65_HS1-834228961_62-HQ-83894_Section_4
Agency: FBI
Page 37
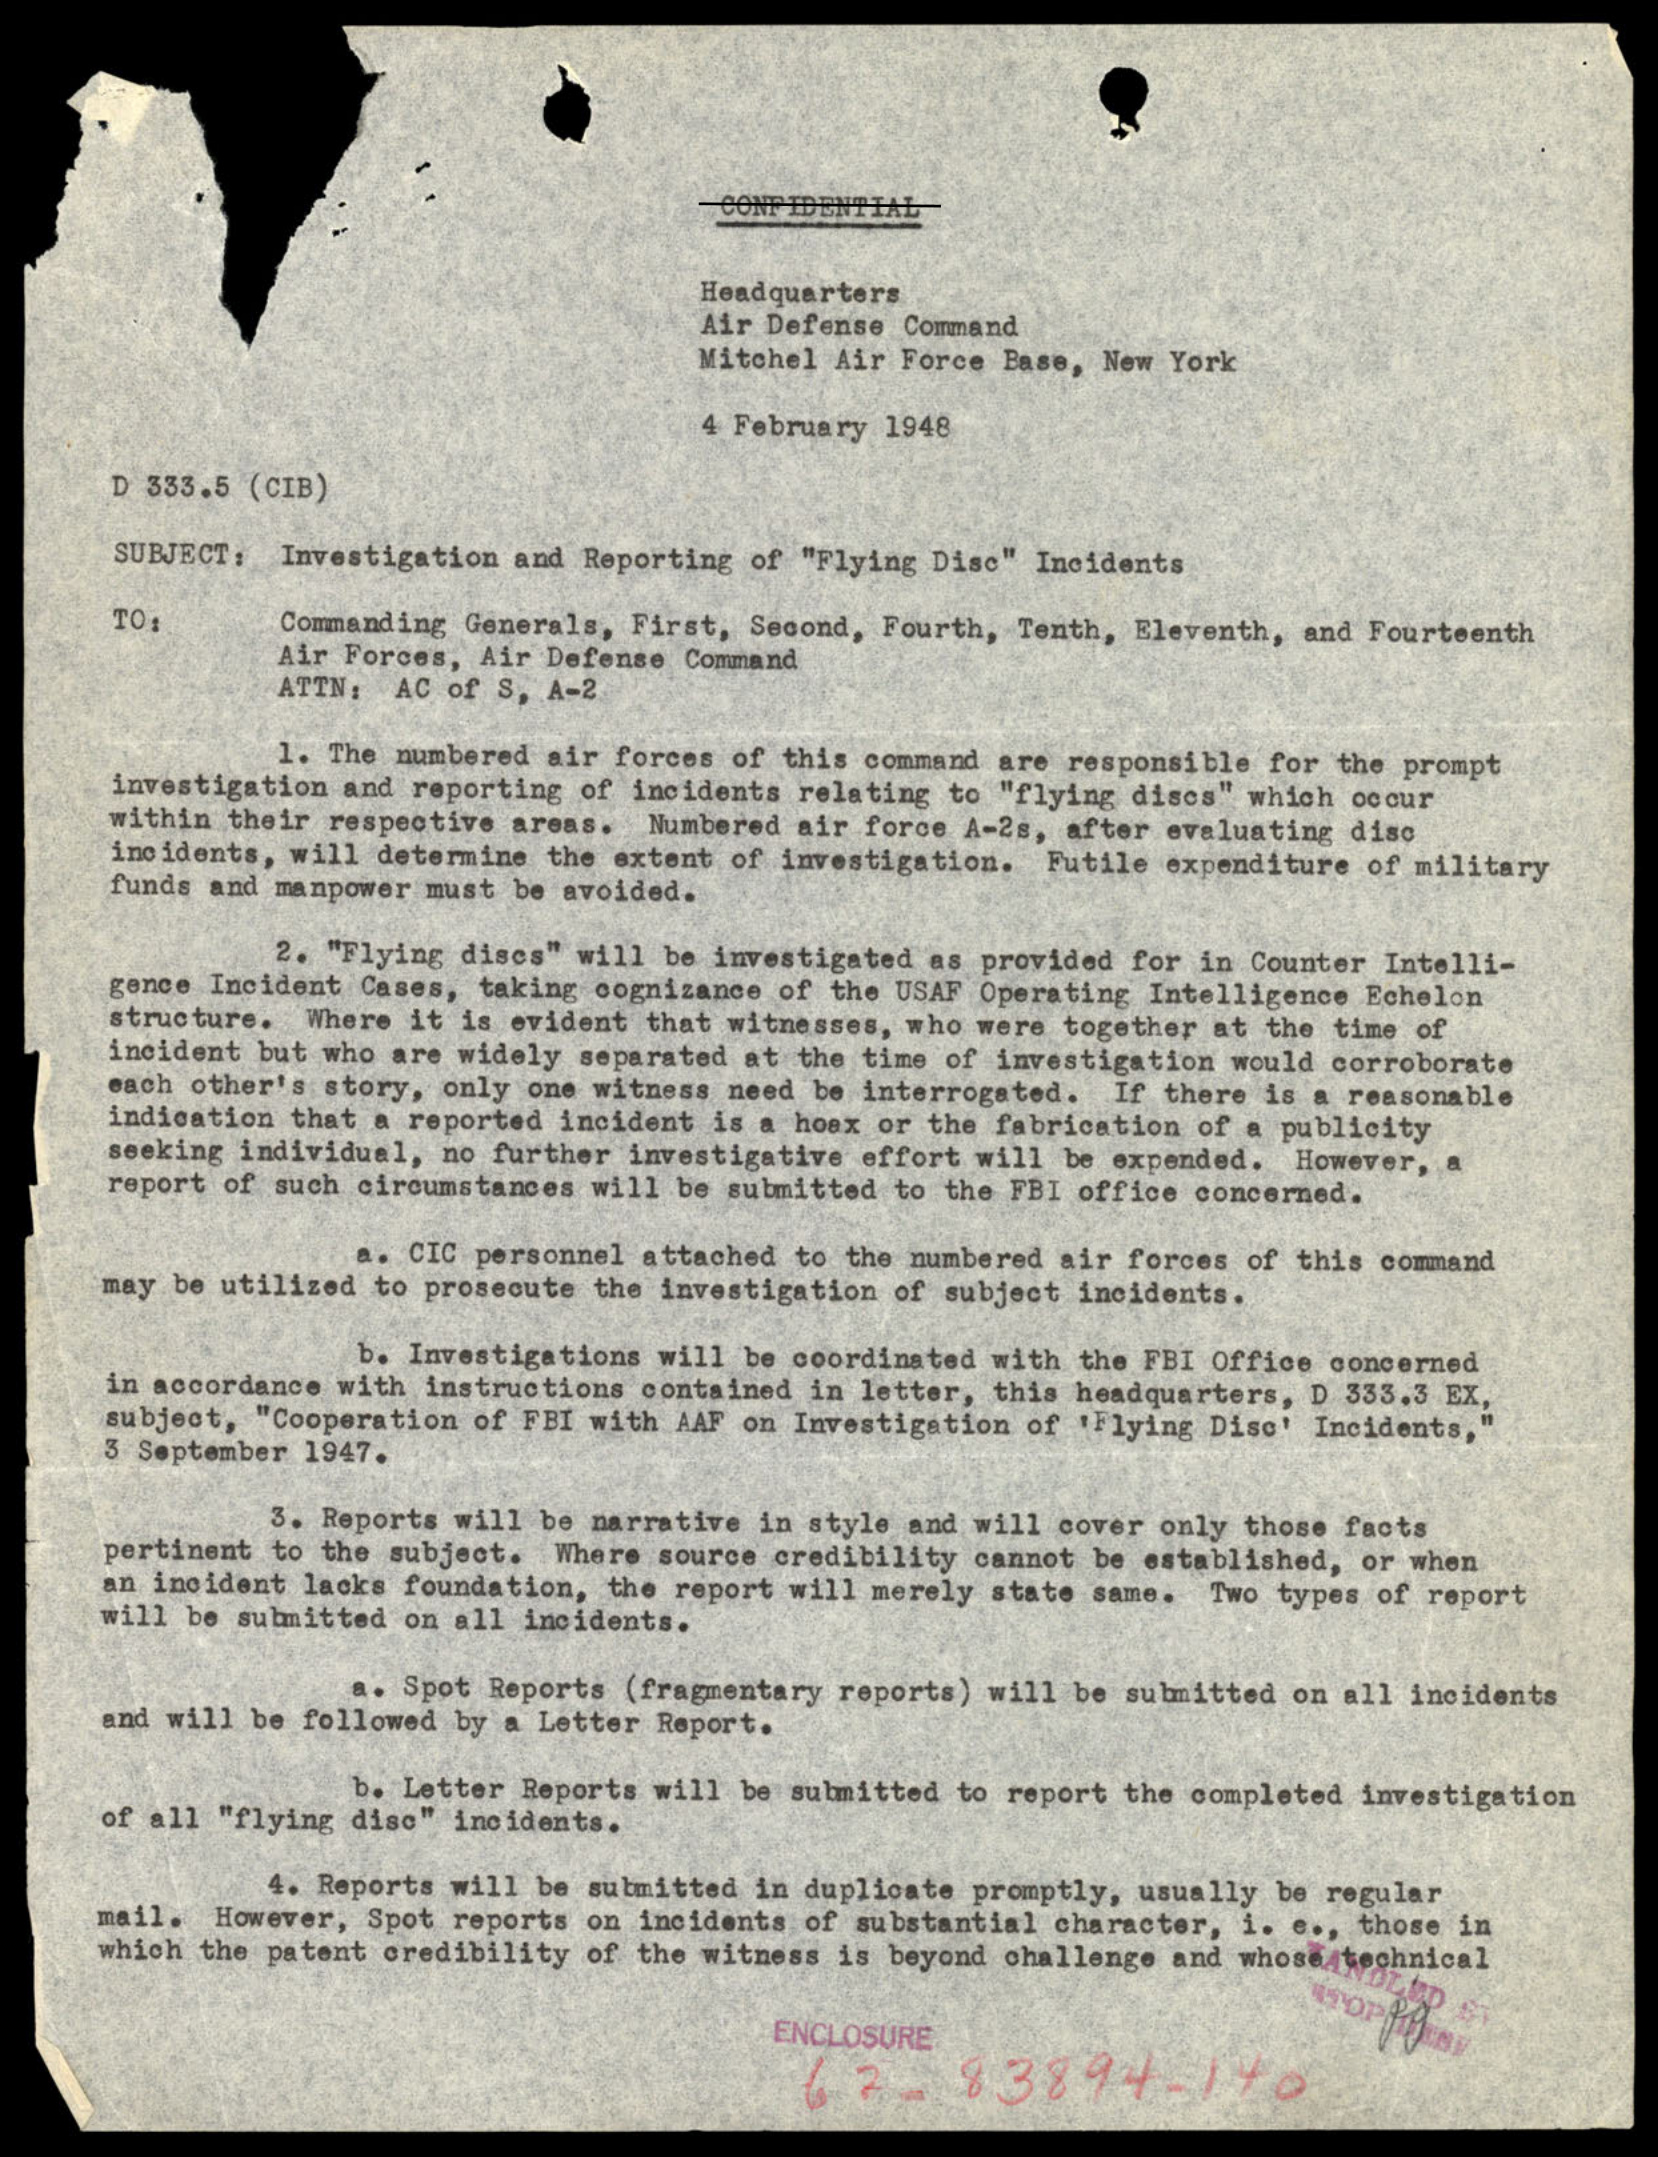